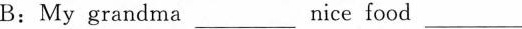
B：My grandma___nice food ___